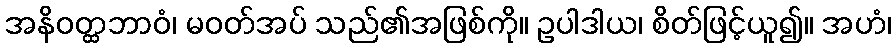
အနိဝတ္ထဘာဝံ၊ မဝတ်အပ် သည်၏အဖြစ်ကို။ ဥပါဒါယ၊ စိတ်ဖြင့်ယူ၍။ အဟံ၊